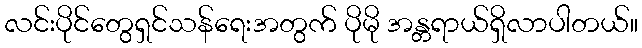
လင်းပိုင်တွေရှင်သန်ရေးအတွက် ပိုမို အန္တရာယ်ရှိလာပါတယ်။